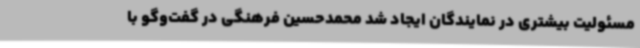
مسئولیت بیشتری در نمایندگان ایجاد شد محمدحسین فرهنگی در گفت‌وگو با